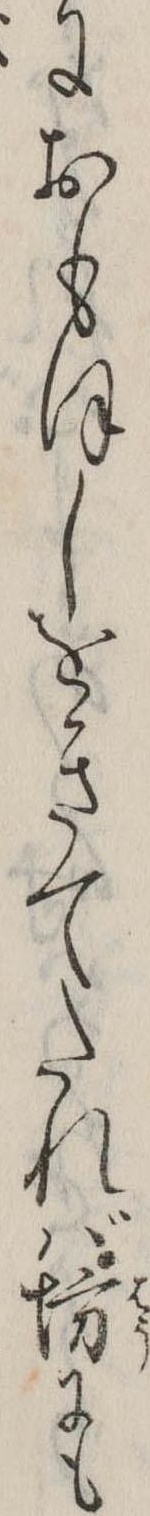
におもほしをきてたれば坊にも